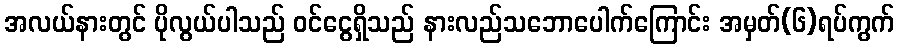
အလယ်နားတွင် ပိုလွယ်ပါသည် ဝင်ငွေရှိသည် နားလည်သဘောပေါက်ကြောင်း အမှတ်(၆)ရပ်ကွက်